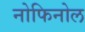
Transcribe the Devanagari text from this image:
नोफिनोल